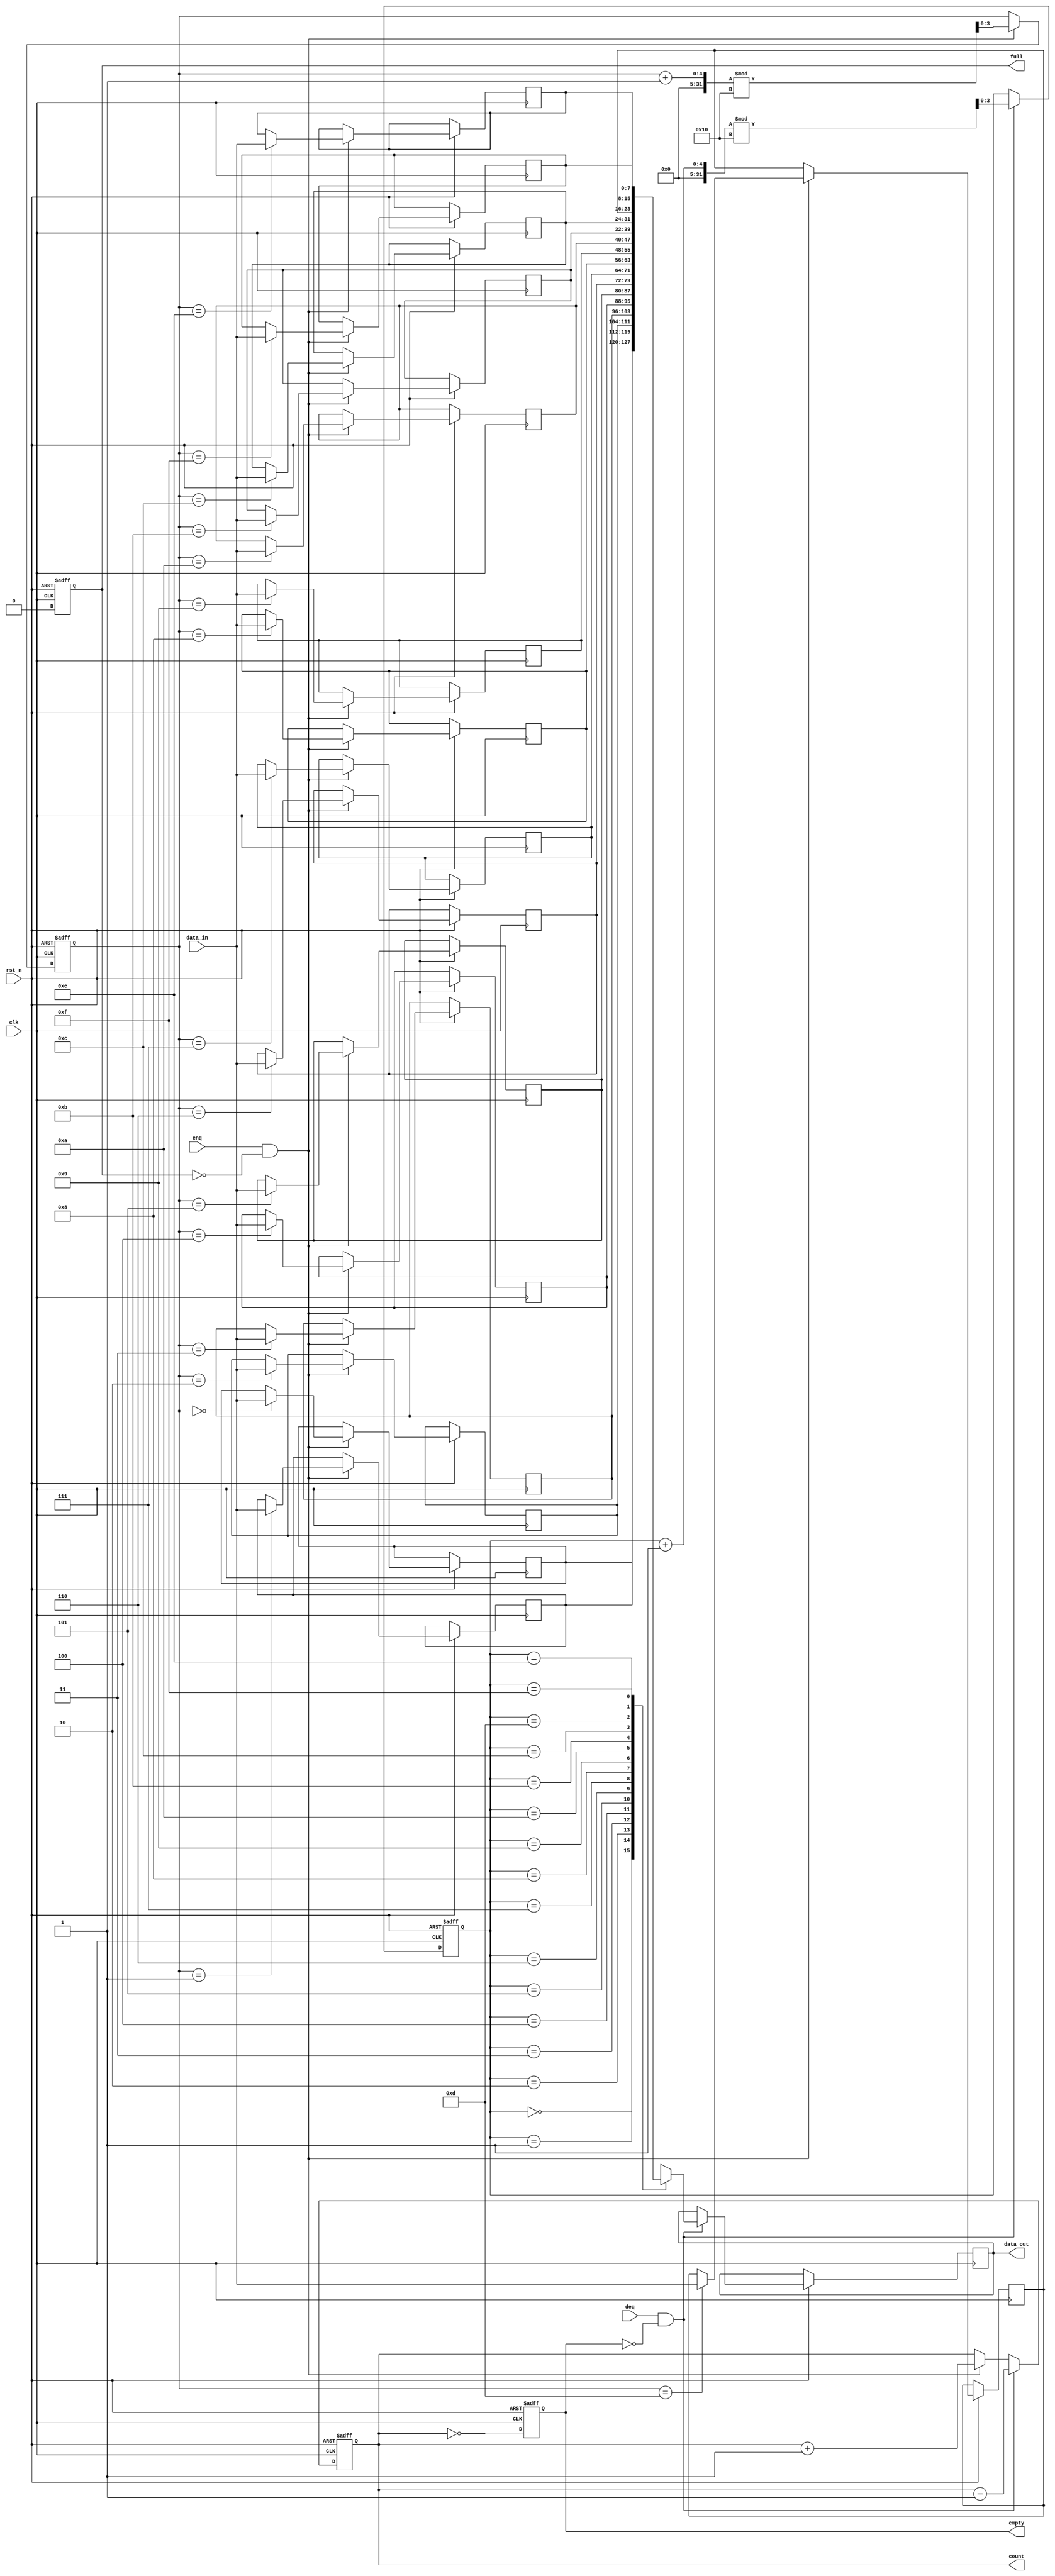
module parameterized_fifo #(
    parameter DATA_WIDTH = 8,    // Width of each data entry
    parameter FIFO_DEPTH = 16     // Depth of the FIFO
) (
    input wire clk,               // Clock signal
    input wire rst_n,             // Asynchronous reset (active low)
    input wire [DATA_WIDTH-1:0] data_in, // Data input for enqueue
    input wire enq,               // Enqueue control signal
    input wire deq,               // Dequeue control signal
    output reg [DATA_WIDTH-1:0] data_out, // Data output for dequeue
    output reg full,              // FIFO full flag
    output reg empty,             // FIFO empty flag
    output reg [ADDR_WIDTH-1:0] count // Current number of items in the FIFO
);

    localparam ADDR_WIDTH = $clog2(FIFO_DEPTH); // Address width calculation

    // Memory array to hold the FIFO data
    reg [DATA_WIDTH-1:0] fifo_mem [0:FIFO_DEPTH-1];

    // Pointers for read and write operations
    reg [ADDR_WIDTH-1:0] write_ptr;
    reg [ADDR_WIDTH-1:0] read_ptr;

    // Initialize the FIFO
    always @(posedge clk or negedge rst_n) begin
        if (!rst_n) begin
            write_ptr <= 0;
            read_ptr <= 0;
            full <= 0;
            empty <= 1;
            count <= 0;
        end else begin
            // Enqueue operation
            if (enq && !full) begin
                fifo_mem[write_ptr] <= data_in; // Write data to FIFO
                write_ptr <= (write_ptr + 1) % FIFO_DEPTH; // Update write pointer
                count <= count + 1; // Increment count
            end

            // Dequeue operation
            if (deq && !empty) begin
                data_out <= fifo_mem[read_ptr]; // Read data from FIFO
                read_ptr <= (read_ptr + 1) % FIFO_DEPTH; // Update read pointer
                count <= count - 1; // Decrement count
            end

            // Update full and empty flags
            full <= (count == FIFO_DEPTH);
            empty <= (count == 0);
        end
    end

endmodule